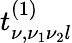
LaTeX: t_{\nu,\nu_{1}\nu_{2}l}^{(1)}